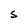
Character: S